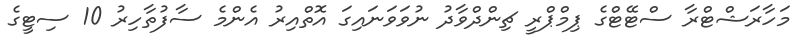
މަހާރަޝްޓްރާ ސްޓޭޓްގެ ޕިމްޕްރީ ޗިންދްވާދު ނުވަވަނައިގަ އޮތްއިރު އެންމެ ސާފުތާހިރު 10 ސިޓީގެ